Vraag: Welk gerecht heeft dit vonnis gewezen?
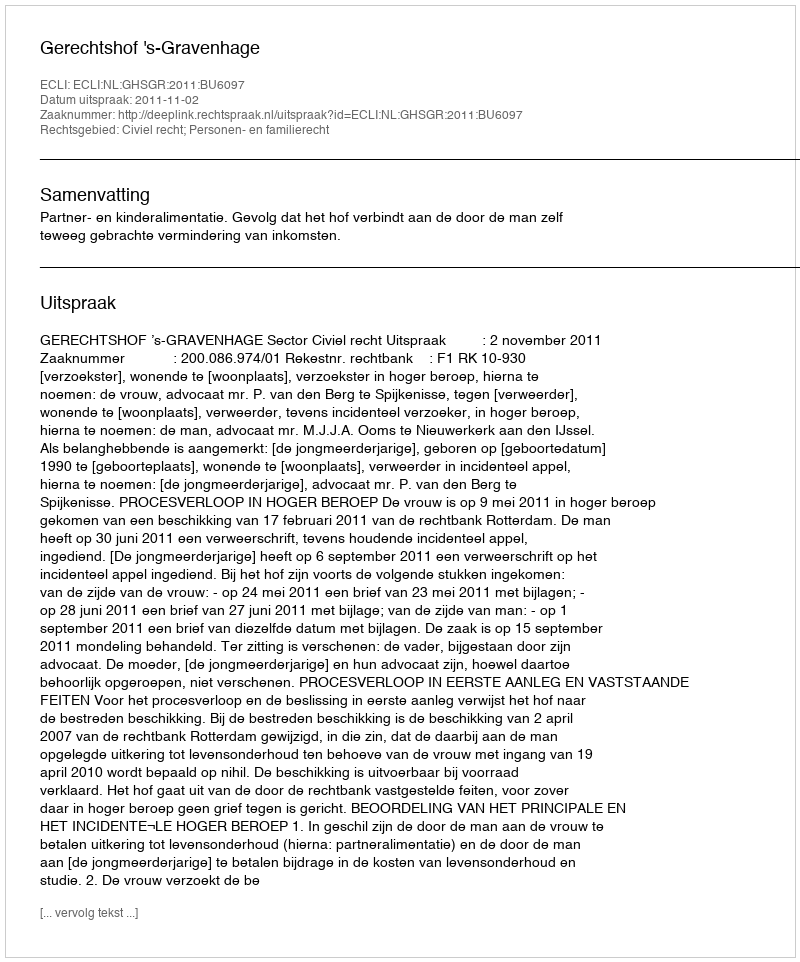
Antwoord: Gerechtshof 's-Gravenhage